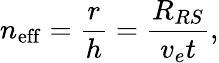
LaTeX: n_{\mathrm{eff}}=\frac{r}{h}=\frac{R_{RS}}{v_{e}t},